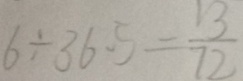
6 \div 3 6 . 5 = \frac { 1 3 } { 7 2 }